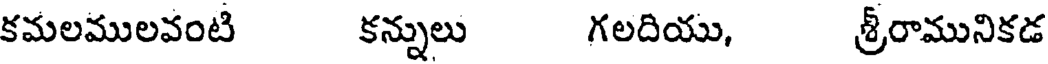
కమలములవంటి కన్నులు గలదియు, శ్రీరామునికడ